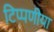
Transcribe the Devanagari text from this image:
टिप्पणीया